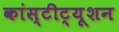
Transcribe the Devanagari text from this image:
कांस्टीट्यूशन